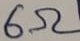
Text: 6Ω